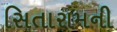
સિતારામની